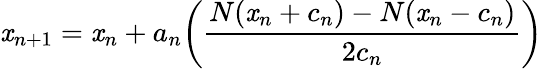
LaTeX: \mathit{x}_{n+1}=\mathit{x}_{n}+a_{n}{\bigg(}{\frac{{N(\mathit{x}_{n}+c_{n})-N(\mathit{x}_{n}-c_{n})}}{{2c_{n}}}}{\bigg)}